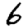
Digit: 6